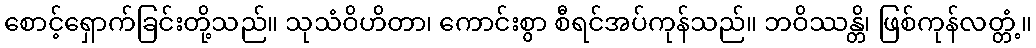
စောင့်ရှောက်ခြင်းတို့သည်။ သုသံဝိဟိတာ၊ ကောင်းစွာ စီရင်အပ်ကုန်သည်။ ဘဝိဿန္တိ၊ ဖြစ်ကုန်လတ္တံ့။